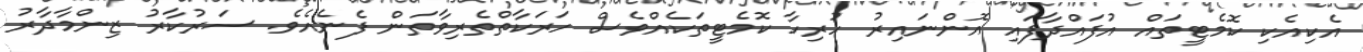
އެކިއެކި ކޮމެޓީތައް އުފައްދާފައި އޮންނައިރު ހުރިހާ ކޮމެޓީތަކެއްވެސް ހަރަކާތްތެރިވާތަން ފެނެއެވެ. ސަރުކާރު ޒިންމާދާރު